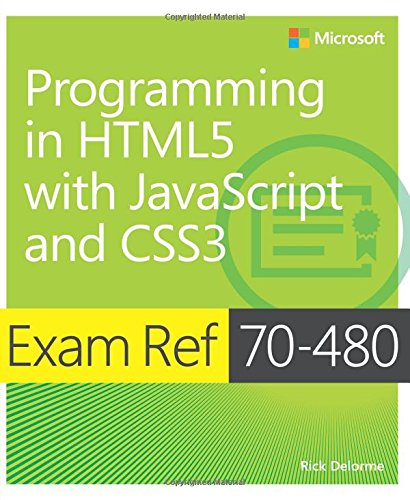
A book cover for Exam Ref 70-480 Programming in HTML5 with JavaScript and CSS3 (MCSD); Rick Delorme; Computers & Technology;